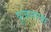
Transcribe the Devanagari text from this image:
पूजनाचा